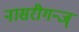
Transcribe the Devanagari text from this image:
नासरीगन्ज्